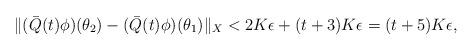
LaTeX: \begin{align*}\|(\bar{Q}(t)\phi)(\theta_2)-(\bar{Q}(t)\phi)(\theta_1)\|_X<2K\epsilon+(t+3)K\epsilon=(t+5)K\epsilon,\end{align*}